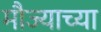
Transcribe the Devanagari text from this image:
मौज्याच्या